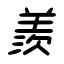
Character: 羨